Note on the mental hospitals in Burma - 1925-1940
Year: 1925
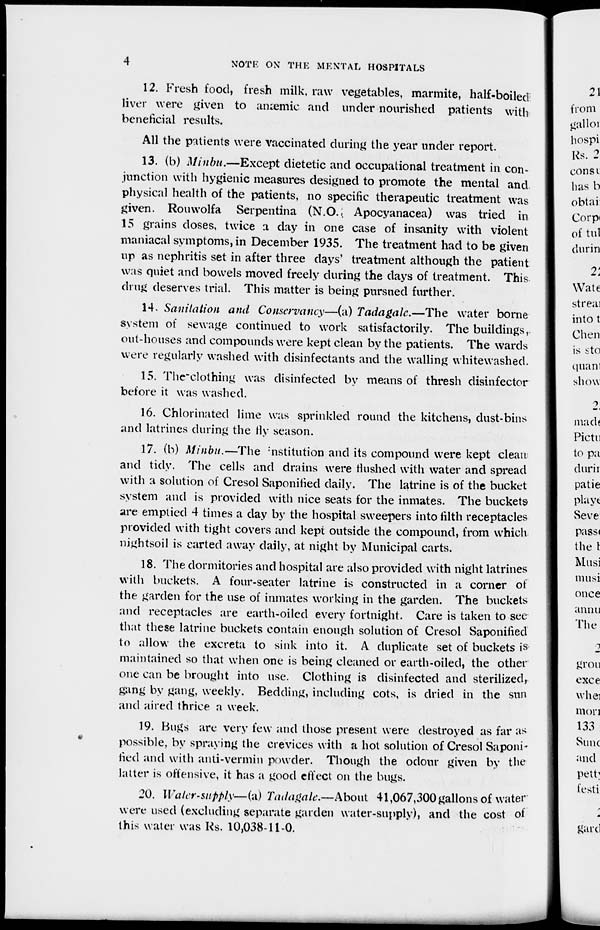
4
NOTE ON THE MENTAL HOSPITALS
12. Fresh food, fresh milk, raw vegetables, marmite, half-boiled
liver were given to anæmic and under nourished patients with
beneficial results.
All the patients were vaccinated during the year under report.
13. (b) Minbu.—Except dietetic and occupational treatment in con-
junction with hygienic measures designed to promote the mental and
physical health of the patients, no specific therapeutic treatment was
given. Rouwolfa Serpentina (N.O. Apocyanacea) was tried in
15 grains doses, twice a day in one case of insanity with violent
maniacal symptoms, in December 1935. The treatment had to be given
up as nephritis set in after three days' treatment although the patient
was quiet and bowels moved freely during the days of treatment. This
drug deserves trial. This matter is being pursued further.
14. Sanitation and Conservancy—(a) Tadagale.—The water borne
system of sewage continued to work satisfactorily. The buildings,
out-houses and compounds were kept clean by the patients. The wards
were regularly washed with disinfectants and the walling whitewashed.
15. The-clothing was disinfected by means of thresh disinfector
before it was washed.
16. Chlorinated lime was sprinkled round the kitchens, dust-bins
and latrines during the fly season.
17. (b) Minbu.—The institution and its compound were kept clean-
and tidy. The cells and drains were flushed with water and spread
with a solution of Cresol Saponified daily. The latrine is of the bucket
system and is provided with nice seats for the inmates. The buckets
are emptied 4 times a day by the hospital sweepers into fifth receptacles
provided with tight covers and kept outside the compound, from which
nightsoil is carted away daily, at night by Municipal carts.
18. The dormitories and hospital are also provided with night latrines
with buckets. A four-seater latrine is constructed in a corner of
the garden for the use of inmates working in the garden. The buckets
and receptacles are earth-oiled every fortnight. Care is taken to see
that these latrine buckets contain enough solution of Cresol Saponified
to allow the excreta to sink into it. A duplicate set of buckets is
maintained so that when one is being cleaned or earth-oiled, the other
one can be brought into use. Clothing is disinfected and sterilized,
gang by gang, weekly. Bedding, including cots, is dried in the sun
and aired thrice a week.
19. Bugs are very few and those present were destroyed as far as
possible, by spraying the crevices with a hot solution of Cresol Saponi-
fied and with anti-vermin powder. Though the odour given by the
latter is offensive, it has a good effect on the bugs.
20. Water-supply—(a) Tadagale.—About 41,067,300 gallons of water
were used (excluding separate garden water-supply), and the cost of
this water was Rs. 10,038-11-0.